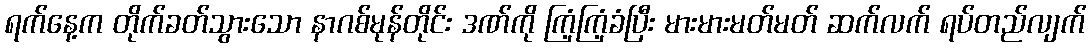
ရက်နေ့က တိုက်ခတ်သွားသော နာဂစ်မုန်တိုင်း ဒဏ်ကို ကြံ့ကြံ့ခံပြီး မားမားမတ်မတ် ဆက်လက် ရပ်တည်လျက်